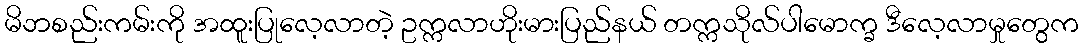
မိဘစည်းကမ်းကို အထူးပြုလေ့လာတဲ့ ဥက္ကလာဟိုးမားပြည်နယ် တက္ကသိုလ်ပါမောက္ခ ဒီလေ့လာမှုတွေက